Annual administration report of the Civil Veterinary Department of India - 1894-1895
Year: 1894
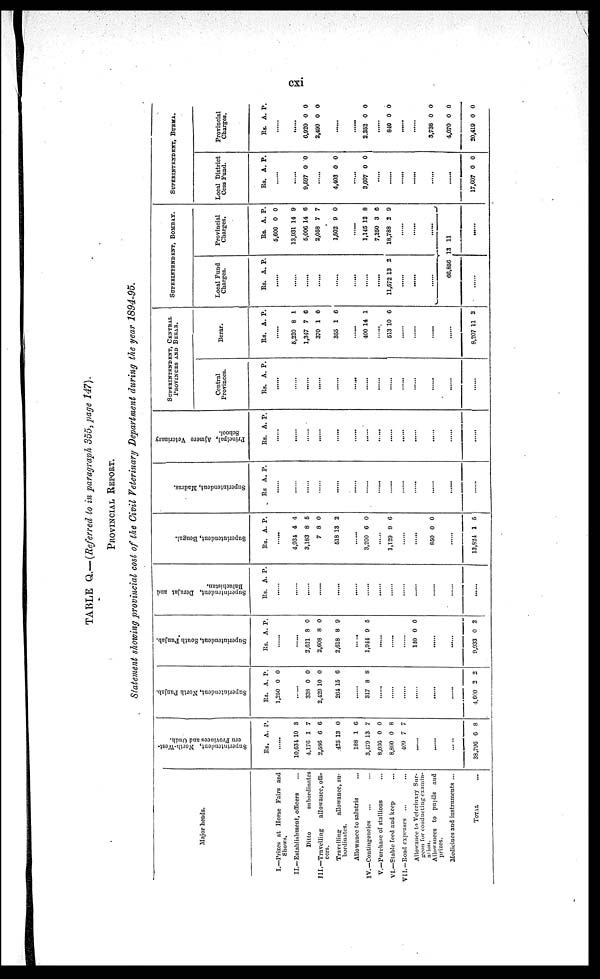
cxi
TABLE Q,.—(Referred to in paragraph 355, page 147).
PROVINCIAL REPORT.
Statement showing provincial cost of the Civil Veterinary Department during the year 1894-95.
Major heads.
I.—Prizes at Horse Fairs and
Shows.
II.—Establishment, officers ...
Ditto
subordinates
III.—Travelling
allowance, offi-
cers.
Travelling
allowance, su-
bordinates.
Allowance to salutris ...
IV.—Contingencies ... ...
V.—Purchase of stallions ...
VI.—Stable feed and keep ...
VII.—Road expenses
... ...
Allowance to Veterinary Sur-
geon for conducting cxamin¬
ation.
Allowauces to pupils and
prizes.
Medicines and instruments ...
TOTAL ...
Super i
nt endent , North-West-
er n Pr ovi nces and Oudh.
Rs. A. P.
......
10,631
4,176
2,586
425
188
3,479
8,036
8,860
409
10
1
6
13
1
13
0
0
7
3
7
6
0
C
7
0
8
7
.....
.....
.....
33,796 6
8
Super i
nt endent , Nor t
h Punj ab.
Rs.
1,250
A.
0
P.
0
.....
338
2,429
264
0
10
15
0
0
6
.....
317 8 8
.....
.....
.....
.....
.....
.....
4,600 2 2
Super i
nt endent , Sout h Punj ab.
Rs. A. P.
.....
.....
2,621
2,608
2,618
8
8
8
0
0
9
.....
1,944 9 5
......
......
......
140 0 0
.....
9,933 0 2
Superintendent, Der aj at and
Baluchistan.
Rs. A. P.
.....
.....
.....
.....
.....
.....
.....
.....
.....
.....
.....
.....
.....
Superintendent, Bengal .
Rs. A. P.
.....
4,931
3,183
7
518
4
8
8
13
4
5
0
2
.....
3,200 6 0
.....
1,129 9 6
.....
.....
850 0 0
.....
13,824 1 5
Superintendent, Madr as .
Rs A. P.
.....
.....
.....
.....
.....
.....
.....
.....
.....
.....
.....
.....
.....
Principal, Ajmere Vet er i
nar y
School.
Rs. A. P.
......
.....
.....
.....
.....
.....
.....
.....
SUPERINTENDENT, CENTRAL
PROVINCES AND
BERAR.
Central
Provinces.
Rs. A. P.
.....
.....
.....
.....
.....
.....
.....
.....
.....
.....
.....
.....
.....
Berar.
Rs.
A. P.
.....
5,220
1,347
370
355
8
7
1
1
1
6
6
6
.....
400 14 1
.....
513 10 6
.....
.....
.....
8,207 11 2
SUPERINTENDENT, BOMBAY.
Local Fund
Charges.
Rs. A. P.
......
......
......
.....
.....
.....
.....
11,572 13 2
.....
.....
66,856
.....
Provincial
Charges.
Rs.
5,600
13,931
5,006
2,058
1,502
A.
0
14
14
7
9
P.
0
9
6
7
0
1,145
7,250
18,788
12
3
3
8
6
9
......
.....
.....
13 11
......
SUPERINTENDENT, BURMA.
Local District
Cess Fund.
Rs. A. P.
.....
.....
9,597 0
0
.....
4,403 0 0
.....
3,607 0 0
.....
.....
......
......
......
......
17,607 0 0
Provincial
Charges.
Rs. A. P.
.....
.....
6,920
2,499
0
0
0
0
.....
.....
2,352 0 0
.....
840 0 0
.....
.....
3,738
4,070
20,419
0
0
0
0
0
0